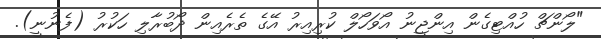
"ލޯންޗް ހުއްޓިގެން އިންޖީނު އޯވަހޯލް ކުރިއިރު އޭގެ ތެރެއިން ދޯބުރާލި ހަކުރު (ފެނުނީ).